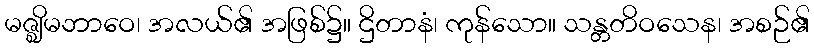
မဇ္ဈိမဘာဝေ၊ အလယ်၏ အဖြစ်၌။ ဌိတာနံ၊ ကုန်သော။ သန္တတိဝသေန၊ အစဉ်၏